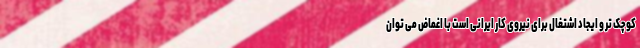
کوچک تر و ایجاد اشتغال برای نیروی کار ایرانی است با اغماض می توان